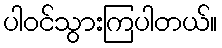
ပါဝင်သွားကြပါတယ်။